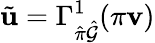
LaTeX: \tilde{\mathbf{u}}=\Gamma_{\hat{\pi}\hat{\mathcal{G}}}^{1}(\pi\mathbf{v})